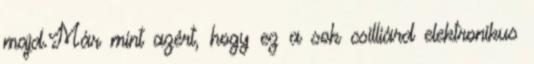
majd.Már mint azért, hogy ez a sok csilliárd elektronikus